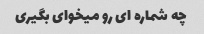
چه شماره ای رو میخوای بگیری